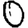
Digit: 0